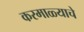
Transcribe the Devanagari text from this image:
करमाळ्याचे